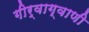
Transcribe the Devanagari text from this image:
गीर्वाग्वाणी